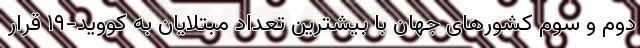
دوم و سوم کشورهای جهان با بیشترین تعداد مبتلایان به کووید-۱۹ قرار